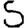
Digit: 5